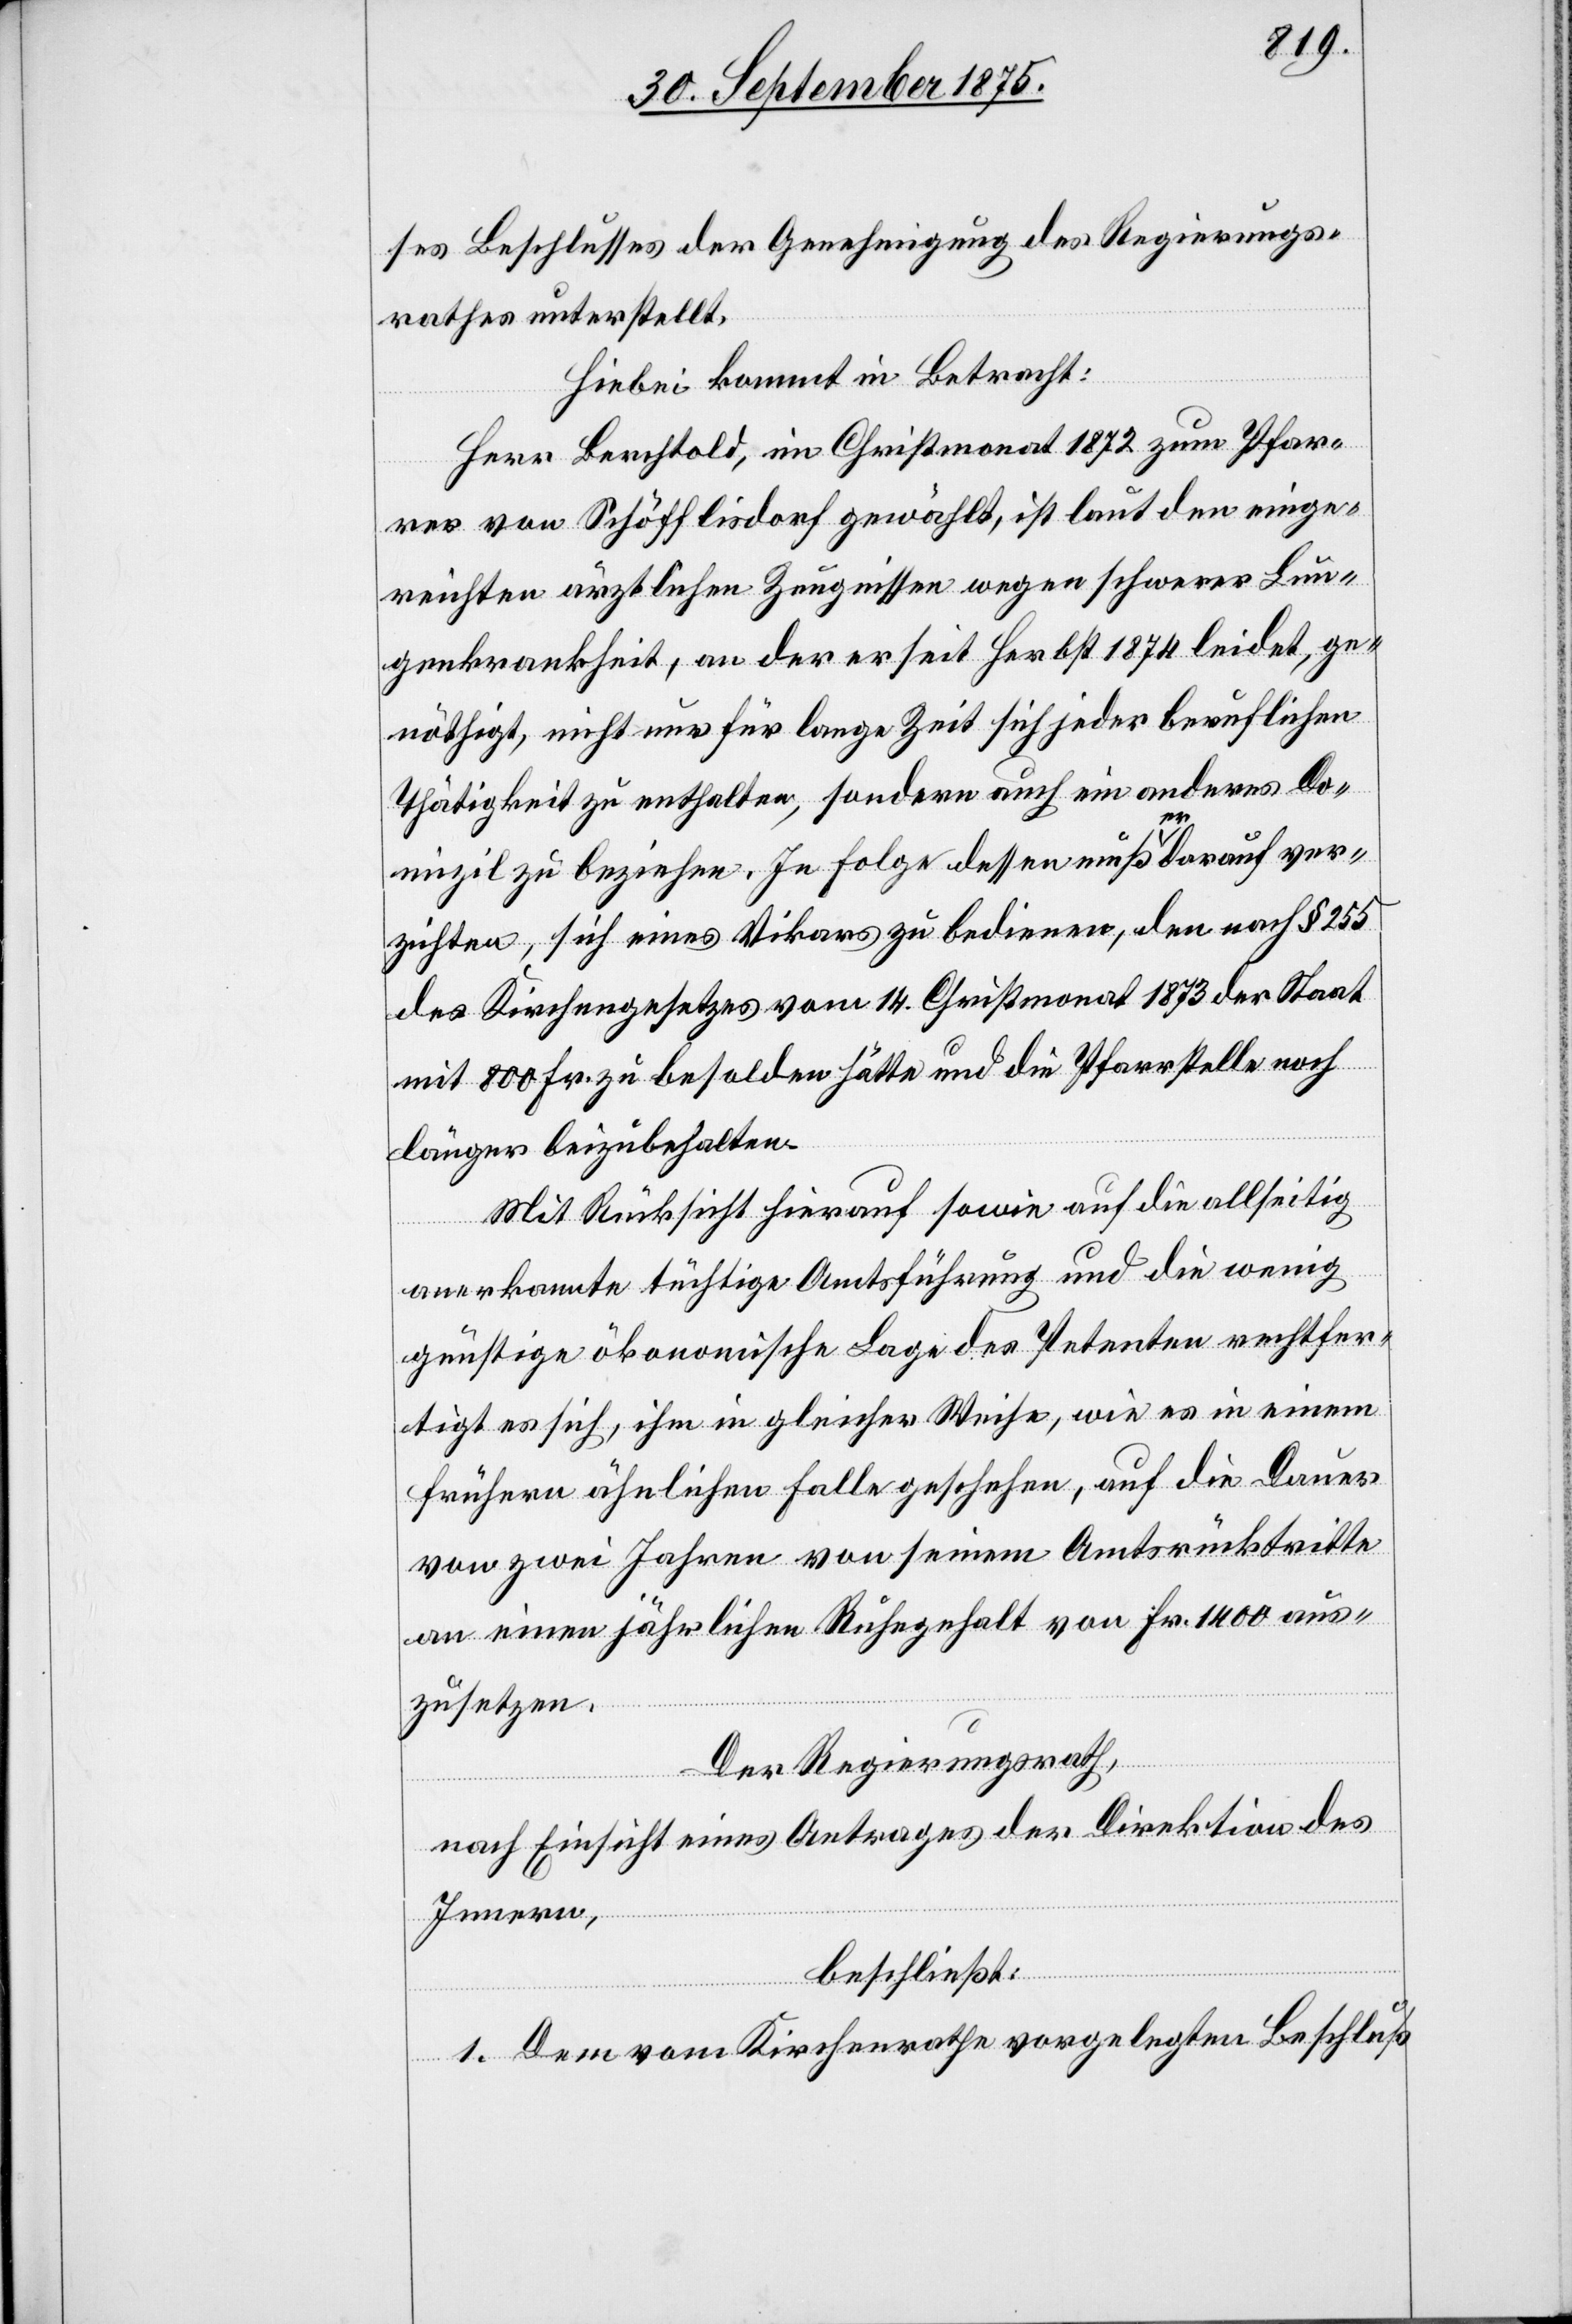
ses Beschlusses der Genehmigung des Regierungs¬
rathes unterstellt.
Hiebei kommt in Betracht:
Herr Berchtold, im Christmonat 1872 zum Pfar¬
rer von Schöfflisdorf gewählt, ist laut den einge¬
reichten ärztlichen Zeugnissen wegen schwerer Lun¬
genkrankheit, an der er seit Herbst 1874 leidet, ge¬
nöthigt, nicht nur für lange Zeit sich jeder beruflichen
Thätigkeit zu enthalten, sondern auch ein anderes Do¬
mizil zu beziehen. In Folge dessen muß er darauf ver¬
zichten, sich eines Vikars zu bedienen, den nach § 255
des Kirchengesetzes vom 14. Christmonat 1873 der Staat
mit 800 Fr. zu besolden hätte und die Pfarrstelle noch
länger beizubehalten.
Mit Rücksicht hierauf sowie auf die allseitig
anerkannte tüchtige Amtsführung und die wenig
günstige ökonomische Lage des Petenten rechtfer¬
tigt es sich, ihm in gleicher Weise, wie es in einem
frühern ähnlichen Falle geschehen, auf die Dauer
von zwei Jahren von seinem Amtsrücktritte
an einen jährlichen Ruhegehalt von Fr. 1400 aus¬
zusetzen.
Der Regierungsrath,
nach Einsicht eines Antrages der Direktion des
Innern,
beschließt:
1. Dem vom Kirchenrathe vorgelegten Beschluß